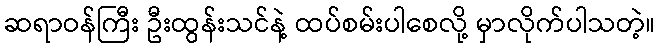
ဆရာဝန်ကြီး ဦးထွန်းသင်နဲ့ ထပ်စမ်းပါစေလို့ မှာလိုက်ပါသတဲ့။